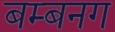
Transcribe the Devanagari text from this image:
बम्बनग